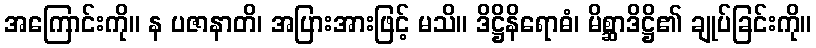
အကြောင်းကို။ န ပဇာနာတိ၊ အပြားအားဖြင့် မသိ။ ဒိဋ္ဌိနိရောဓံ၊ မိစ္ဆာဒိဋ္ဌိ၏ ချုပ်ခြင်းကို။